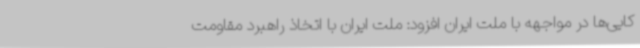
کایی‌ها در مواجهه با ملت ایران افزود: ملت ایران با اتخاذ راهبرد مقاومت